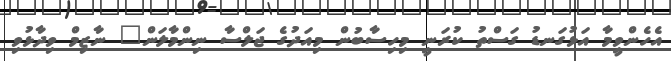
އެހެންވީމާ އަޅުގަނޑު ގަސްތު ކުރަނީ މިހިސާބުން މިއަދުގެ ޖަލްސާ ނިންމާލަން" ނާޒިމް ވިދާޅުވި